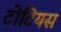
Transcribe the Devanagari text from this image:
टोटियस